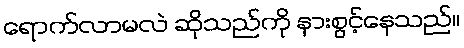
ရောက်လာမလဲ ဆိုသည်ကို နားစွင့်နေသည်။